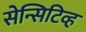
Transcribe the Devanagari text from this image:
सेन्सिटिव्ह